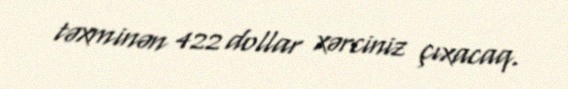
təxminən 422 dollar xərciniz çıxacaq.